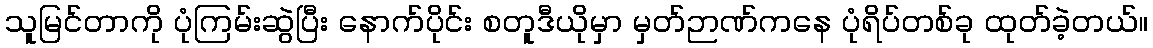
သူမြင်တာကို ပုံကြမ်းဆွဲပြီး နောက်ပိုင်း စတူဒီယိုမှာ မှတ်ဉာဏ်ကနေ ပုံရိပ်တစ်ခု ထုတ်ခဲ့တယ်။